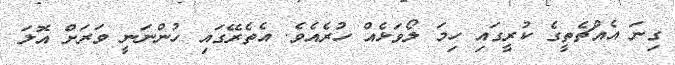
ގިނަ އެއްޗެތީގެ ކުރީގައި ހިމަ ލޯވަޅެއް ހުރެއެވެ. އެތެރޭގައި ހުންނަނީ ވަރަށް އޮލަ